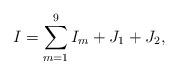
LaTeX: \begin{align*} I=\sum_{m=1}^9I_m+J_1+J_2, \end{align*}